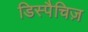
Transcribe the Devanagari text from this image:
डिस्पैचिज़